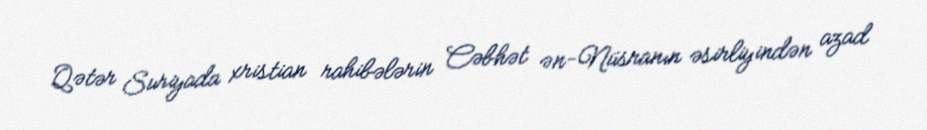
Qətər Suriyada xristian rahibələrin Cəbhət ən-Nüsranın əsirliyindən azad